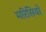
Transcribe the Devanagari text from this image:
मरिसियो